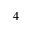
_ { 4 }